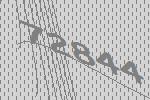
72844